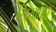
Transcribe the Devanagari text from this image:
सिखाए।